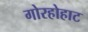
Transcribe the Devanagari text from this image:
गोरहोहाट